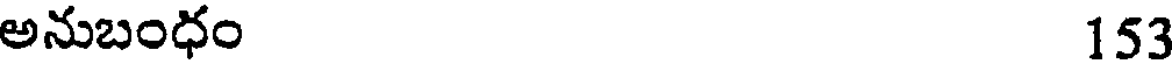
అనుబంధం 153